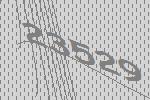
23529